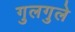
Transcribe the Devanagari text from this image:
गुलगुले